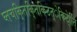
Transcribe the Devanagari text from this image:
घ्तचकि्तकि्तकिटत्ेकिटे्ति्ि